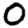
Digit: 0